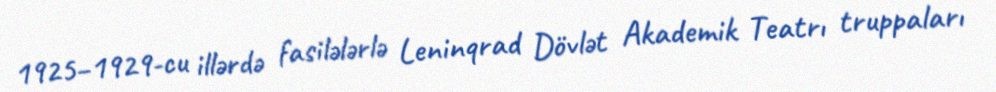
1925–1929-cu illərdə fasilələrlə Leninqrad Dövlət Akademik Teatrı truppaları